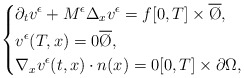
\begin{align*}\left\{\begin{aligned}& \partial_{t}v^\epsilon + M^\epsilon \Delta_x v^\epsilon = f [0,T]\times\overline{\O},\\& v^\epsilon(T,x)=0 \overline{\O},\\& \nabla_x v^\epsilon(t,x)\cdot n(x) = 0 [0,T]\times\partial\Omega,\end{aligned}\right.\end{align*}